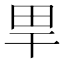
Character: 𤰠